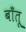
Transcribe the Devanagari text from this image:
बाँतू